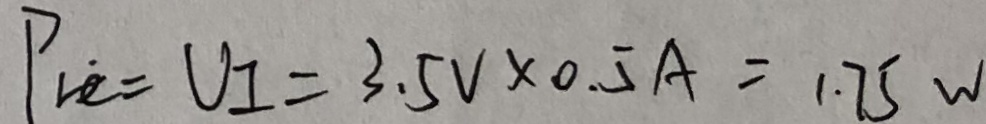
P _ { r e } = V I _ { = } 3 . 5 V \times 0 . 5 A = 1 . 7 5 w